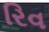
રિવ